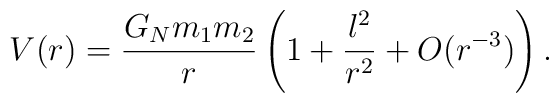
V(r) = \frac{G_N m_1 m_2}{r}\left(1 + \frac{l^2}{r^2} + O(r^{-3})\right).